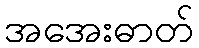
အအေးဓာတ်